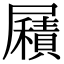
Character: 𡳮